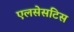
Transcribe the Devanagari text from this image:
एलसेसटिस